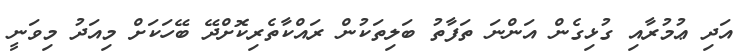
އަދި ޢުމުރާއި ގުޅިގެން އަންނަ ތަފާތު ބަލިތަކުން ރައްކާތެރިކޮށްދޭ ބޭހަކަށް މިއަދު މިވަނީ